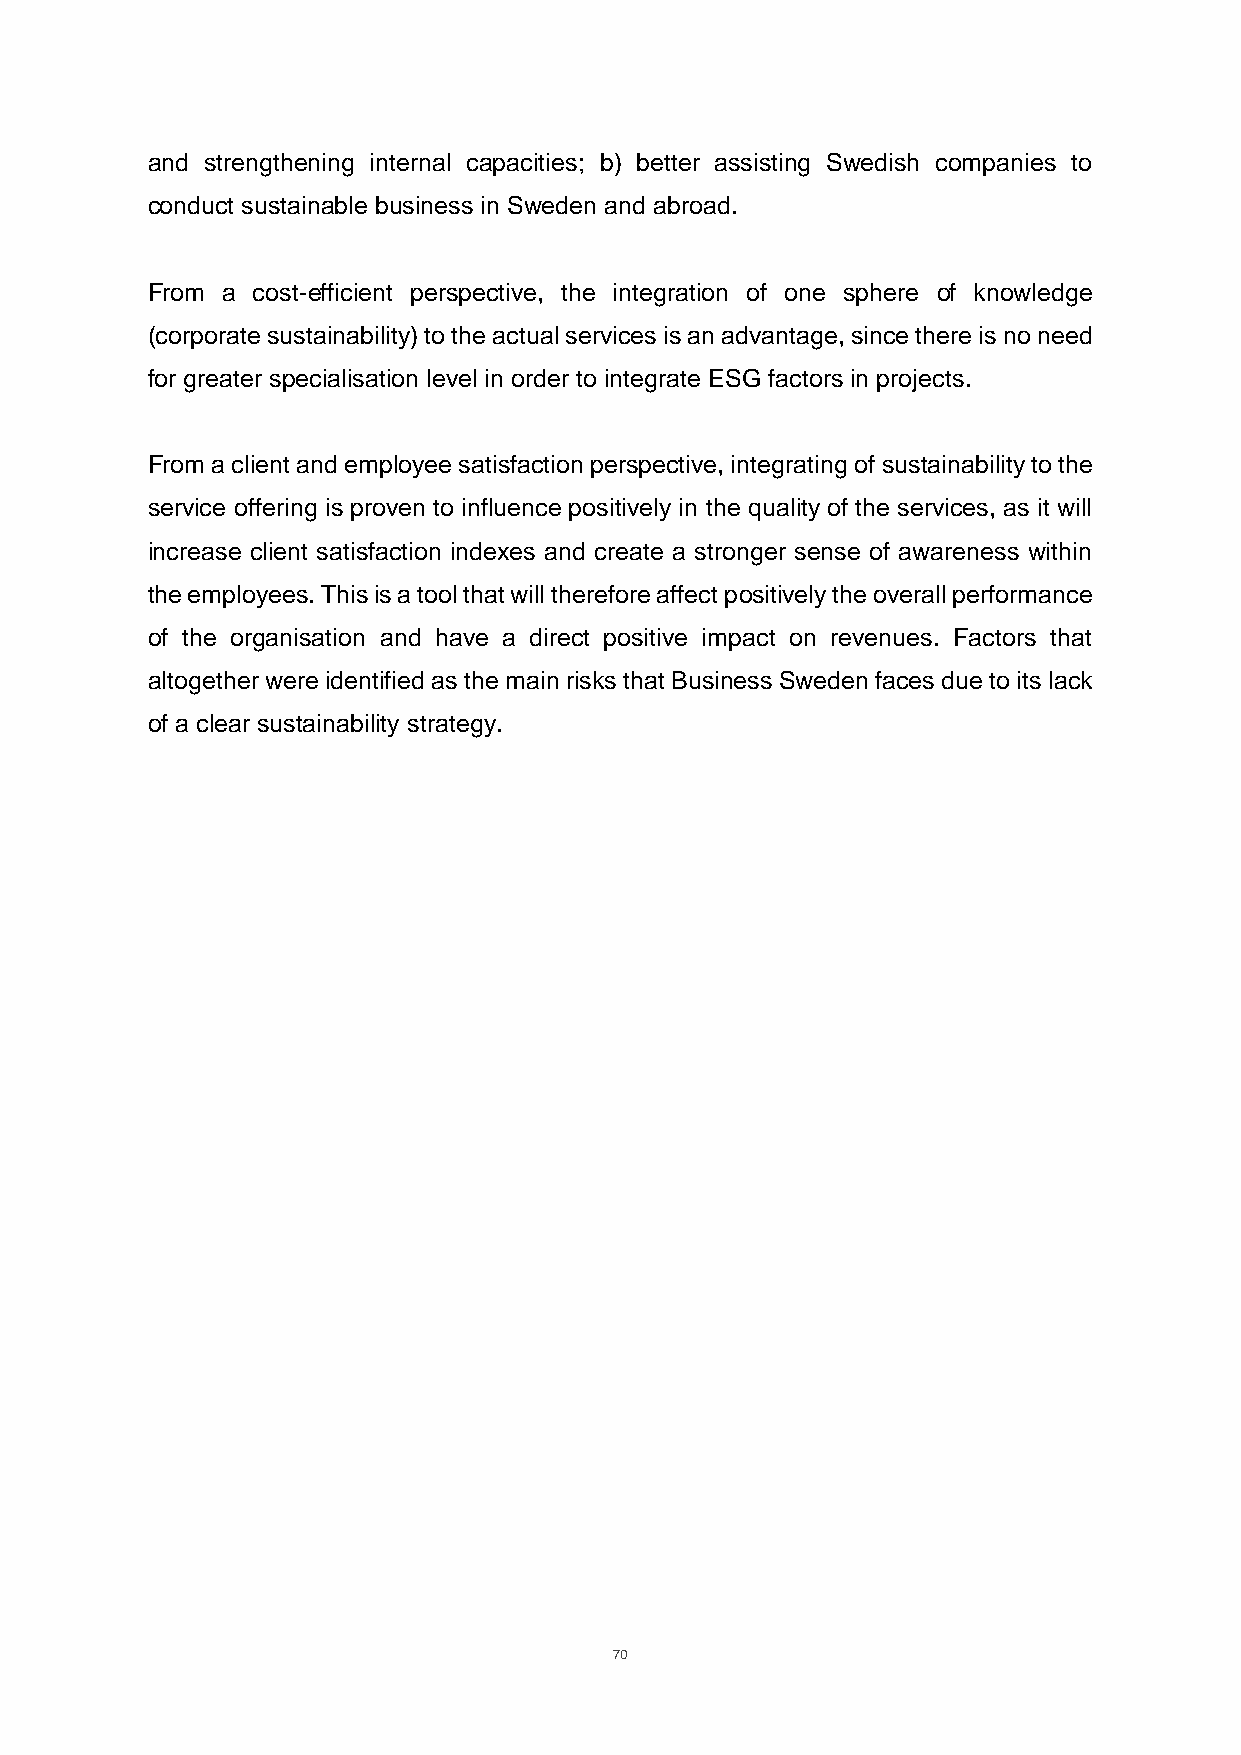
and strengthening internal capacities; b) better assisting Swedish companies to
 conduct sustainable business in Sweden and abroad.
 From a cost-efficient perspective, the integration of one sphere of knowledge
 (corporate sustainability) to the actual services is an advantage, since there is no need
 for greater specialisation level in order to integrate ESG factors in projects.
 From a client and employee satisfaction perspective, integrating of sustainability to the
 service offering is proven to influence positively in the quality of the services, as it will
 increase client satisfaction indexes and create a stronger sense of awareness within
 the employees. This is a tool that will therefore affect positively the overall performance
 of the organisation and have a direct positive impact on revenues. Factors that
 altogether were identified as the main risks that Business Sweden faces due to its lack
 of a clear sustainability strategy.
 70